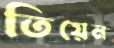
তিয়েন